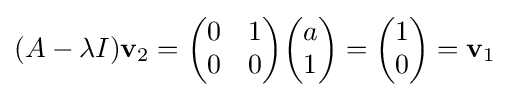
(A-\lambda I)\mathbf {v} _{2}={\begin{pmatrix}0&1\\0&0\end{pmatrix}}{\begin{pmatrix}a\\1\end{pmatrix}}={\begin{pmatrix}1\\0\end{pmatrix}}=\mathbf {v} _{1}